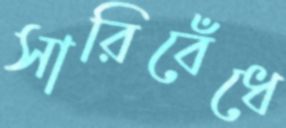
সারিবেঁধে